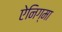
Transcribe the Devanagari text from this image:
ऐनिग्मा